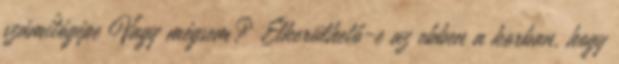
számítógépe Vagy mégsem? Elkerülhető-e az ebben a korban, hogy